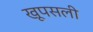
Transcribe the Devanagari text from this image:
खूपसली